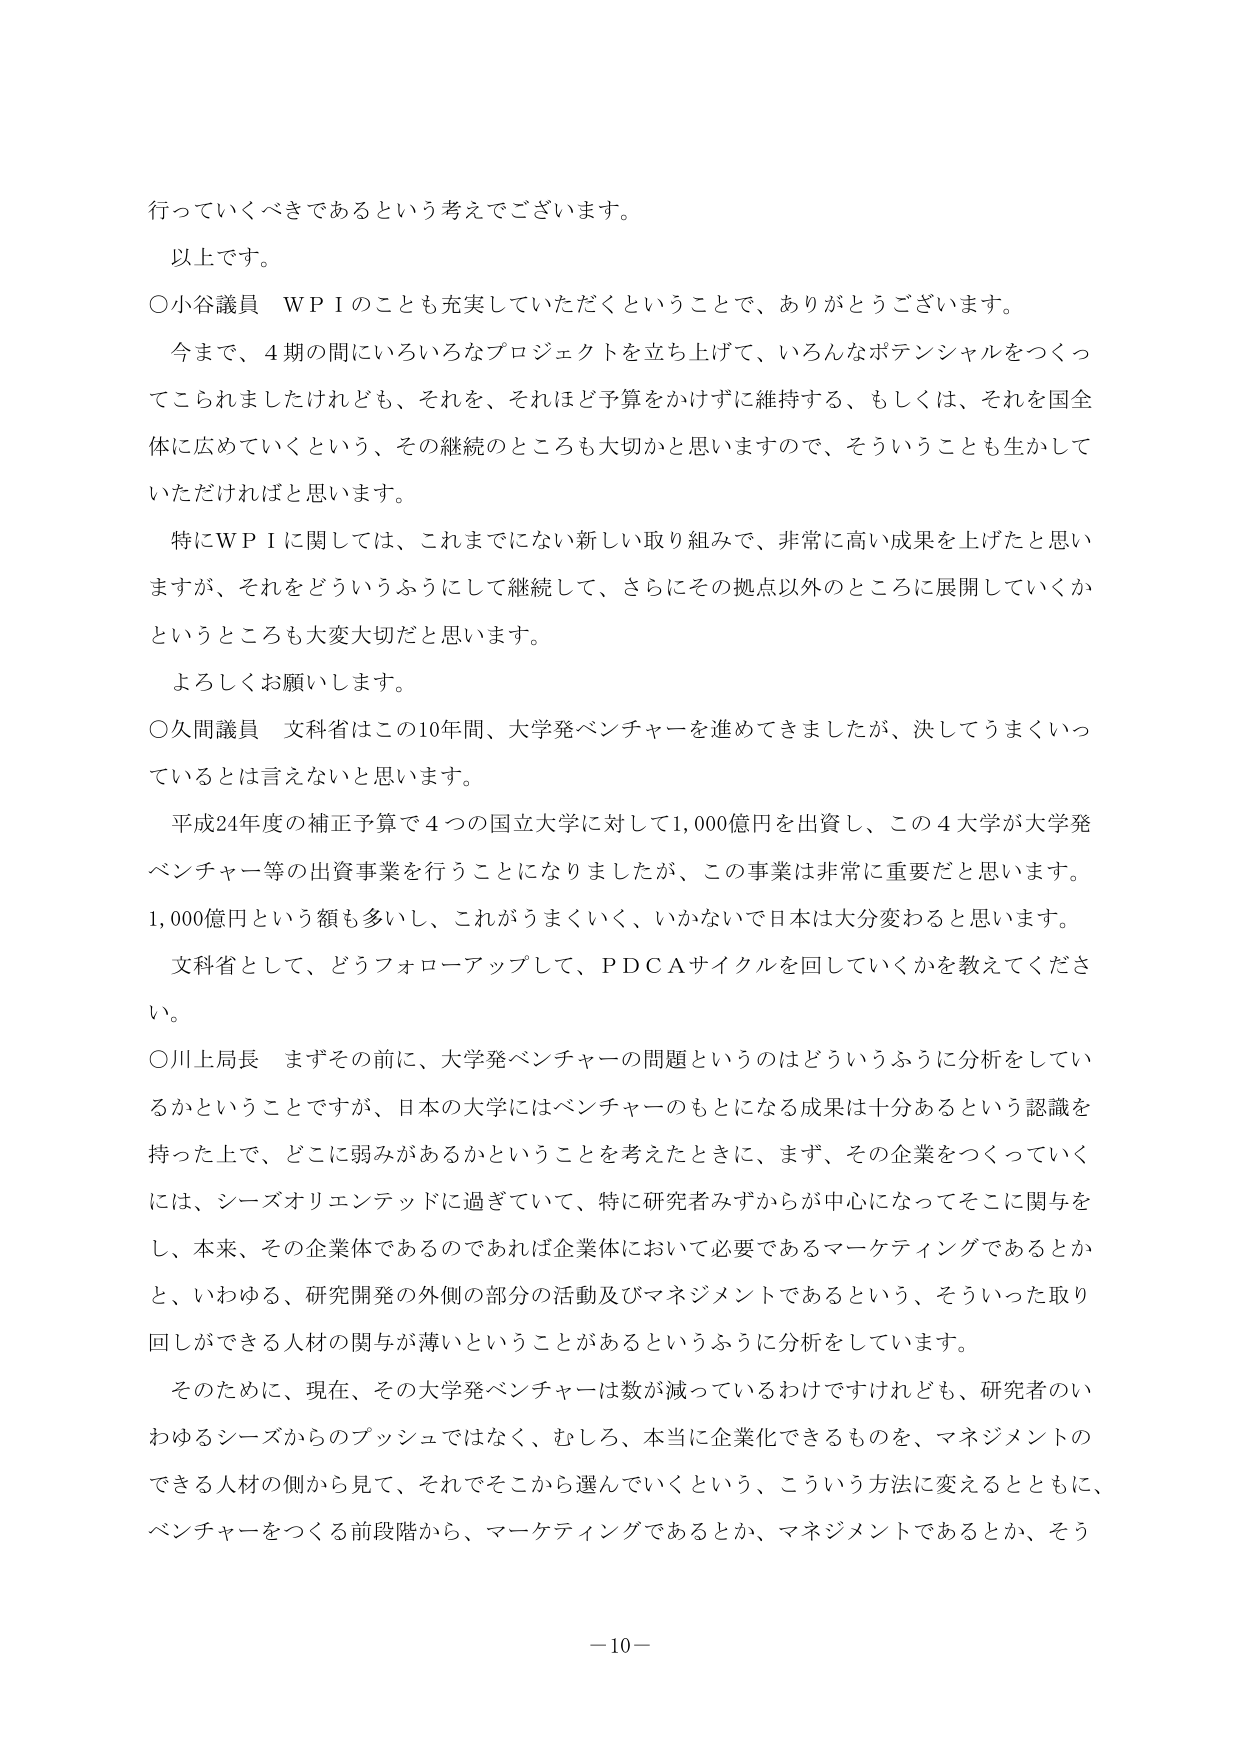
行っていくべきであるという考えでございます。
以上です。
○小谷議員　ＷＰＩのことも充実していただくということで、ありがとうございます。
今まで、４期の間にいろいろなプロジェクトを立ち上げて、いろんなポテンシャルをつくってこられましたけれども、それを、それほど予算をかけずに維持する、もしくは、それを国全体に広めていくという、その継続のところも大切かと思いますので、そういうことも生かしていただければと思います。
特にＷＰＩに関しては、これまでにない新しい取り組みで、非常に高い成果を上げたと思いますが、それをどういうふうにして継続して、さらにその拠点以外のところに展開していくかというところも大変大切だと思います。
よろしくお願いします。
○久間議員　文科省はこの10年間、大学発ベンチャーを進めてきましたが、決してうまくいっているとは言えないと思います。
平成24年度の補正予算で４つの国立大学に対して1,000億円を出資し、この４大学が大学発ベンチャー等の出資事業を行うことになりましたが、この事業は非常に重要だと思います。1,000億円という額も多いし、これがうまくいく、いかないで日本は大分変わると思います。
文科省として、どうフォローアップして、ＰＤＣＡサイクルを回していくかを教えてください。
○川上局長　まずその前に、大学発ベンチャーの問題というのはどういうふうに分析をしているかということですが、日本の大学にはベンチャーのもとになる成果は十分あるという認識を持った上で、どこに弱みがあるかということを考えたときに、まず、その企業をつくっていくには、シーズオリエンテッドに過ぎていて、特に研究者みずからが中心になってそこに関与をし、本来、その企業体であるのであれば企業体において必要であるマーケティングであるとかと、いわゆる、研究開発の外側の部分の活動及びマネジメントであるという、そういった取り回しができる人材の関与が薄いということがあるというふうに分析をしています。
そのために、現在、その大学発ベンチャーは数が減っているわけですけれども、研究者のいわゆるシーズからのプッシュではなく、むしろ、本当に企業化できるものを、マネジメントのできる人材の側から見て、それでそこから選んでいくという、こういう方法に変えるとともに、ベンチャーをつくる前段階から、マーケティングであるとか、マネジメントであるとか、そう
－10－